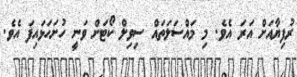
ރުފިޔާއަށް އަރަ އެވެ. މި މައްސަލަތައް ސިވިލް ކޯޓަށް ވަނީ ހުށަހަޅައިފަ އެވެ.